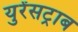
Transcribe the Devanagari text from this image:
युरेंसट्राब